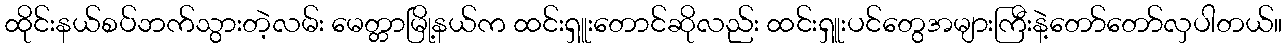
ထိုင်းနယ်စပ်ဘက်သွားတဲ့လမ်း မေတ္တာမြို့နယ်က ထင်းရှူးတောင်ဆိုလည်း ထင်းရှူးပင်တွေအများကြီးနဲ့တော်တော်လှပါတယ်။